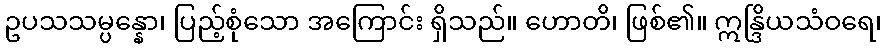
ဥပသသမ္ပန္နော၊ ပြည့်စုံသော အကြောင်း ရှိသည်။ ဟောတိ၊ ဖြစ်၏။ ဣန္ဒြိယသံဝရေ၊